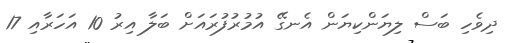
ދިވެހި ބަސް ލިޔަންކިޔަން އެނގޭ އުމުރުފުރައަށް ބަލާ އިރު 10 އަހަރާއި 17